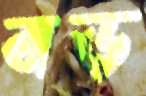
বড়